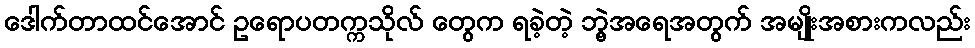
ဒေါက်တာထင်အောင် ဥရောပတက္ကသိုလ် တွေက ရခဲ့တဲ့ ဘွဲ့အရေအတွက် အမျိုးအစားကလည်း